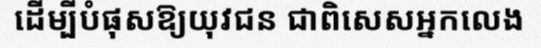
ដើម្បីបំផុសឱ្យយុវជន ជាពិសេសអ្នកលេង